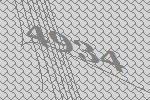
4934